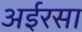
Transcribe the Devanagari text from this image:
अईरसा